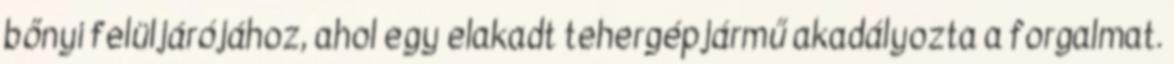
bőnyi felüljárójához, ahol egy elakadt tehergépjármű akadályozta a forgalmat.